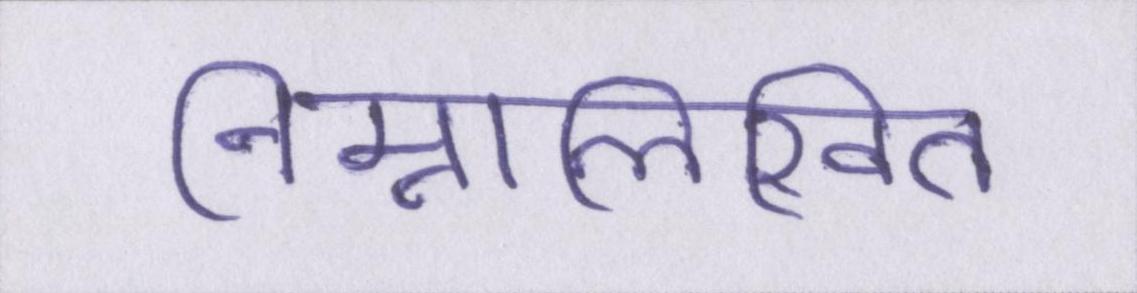
निम्नलिखित